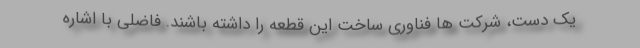
یک دست، شرکت ها فناوری ساخت این قطعه را داشته باشند. فاضلی با اشاره